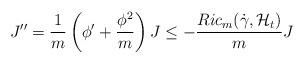
LaTeX: \begin{align*}J'' = \frac{1}{m}\left(\phi' + \frac{\phi^2}{m}\right) J \leq -\frac{Ric_m(\dot\gamma,\mathcal H_t)}{m}J\end{align*}